NAE_ERA_R-2362_Emakeele_Selts, lk 45
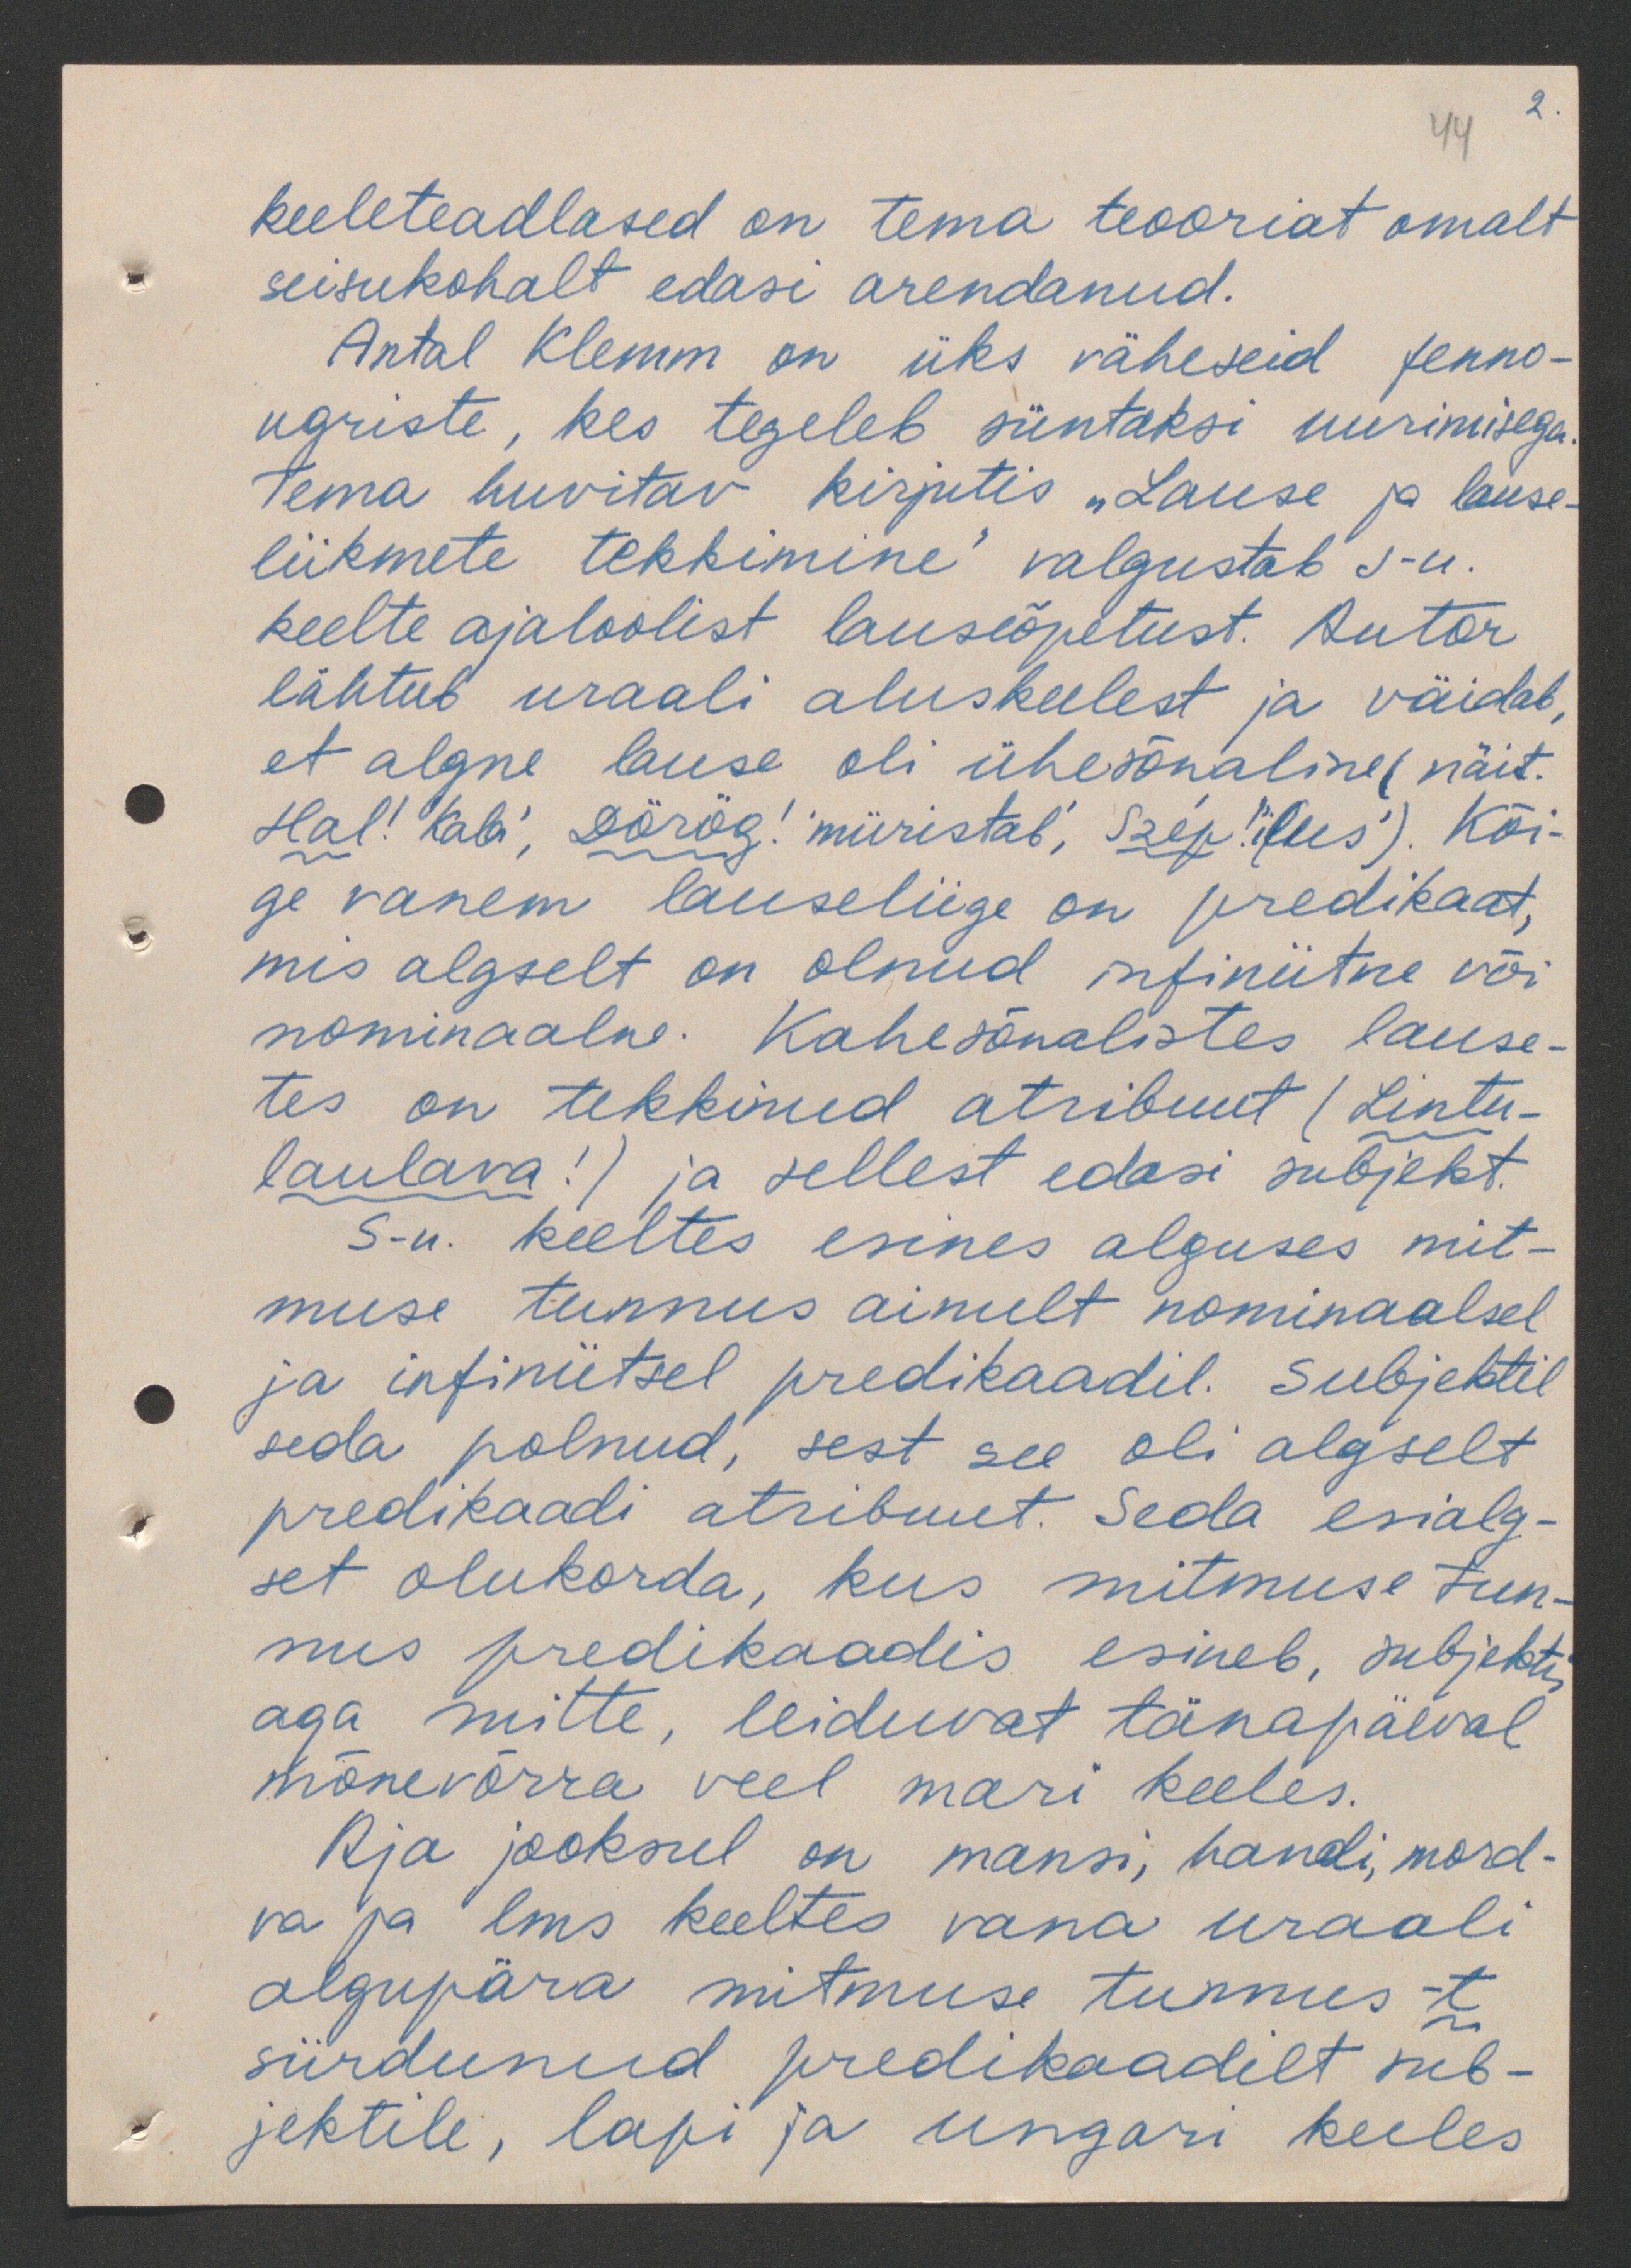
44
2.

keeleteadlased on tema teooriat omalt
seisukohalt edasi arendanud.
Antal Klemm on üks väheseid fenno-
ugriste, kes tegeleb süntaksi uurimisega
tema huvitav kirjutis "Lause ja lause-
liikmete tekkimine" valgustab s-u-
keelte ajaloolist lauseõpetust. Autor
lähtub uraali aluskeelest ja väidab,
et algne lause oli ühesõnaline (näit.
Hal! Kabi, Dörög! 'müristab', Szep!( ilus). Kõi-
ge vanem lauseliige on predikaat.
mis algselt on olnud infiniitne või
nominaalne. Kahesõnalistes lause-
tes on tekkinud abribuut (Lintu-
laulava!) ja sellest edasi subjekt.
S-u. keeltes esines alguses mit-
muse tunnus ainult nominaalsel
ja infiniitsel predikaadil. Subjektil
seda polnud, sest see oli algselt
predikaadi atribuut. Seda esialg-
set olukorda, kus mitmuse tun-
nus predikaadis esineb, subjektis
aga mitte, leiduvat tänapäeval
mõnevõrra veel mari keeles.
Aja jooksul on mansi, handi, mord-
va ja lms keeltes vana uraali
algupära mitmuse tunnus -t
siirdunud predikaadilt sub-
jektile, lapi ja ungari keeles